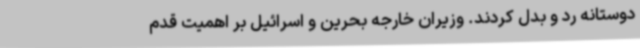
دوستانه رد و بدل کردند. وزیران خارجه بحرین و اسرائیل بر اهمیت قدم